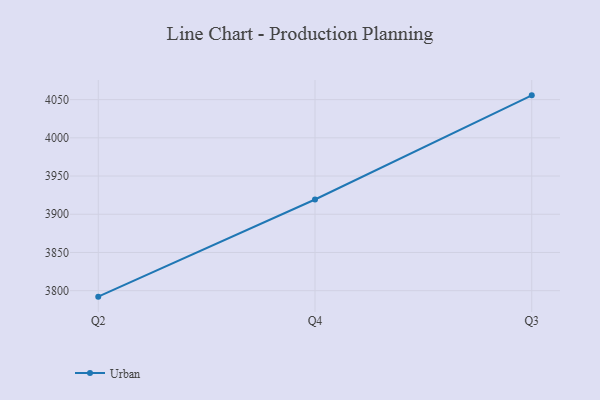
{"axis": {"x": "Quarter", "y": "Energy Usage (MWh)"}, "legend": ["Urban"], "data": [{"x": "Q2", "y": 3792.2, "type": "Urban"}, {"x": "Q4", "y": 3919.3, "type": "Urban"}, {"x": "Q3", "y": 4055.6, "type": "Urban"}]}